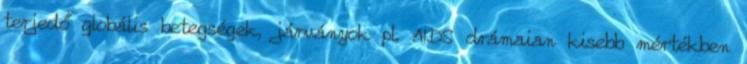
terjedő globális betegségek, járványok pl. AIDS drámaian kisebb mértékben